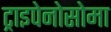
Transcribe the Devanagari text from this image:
ट्राइपेनोसोमा